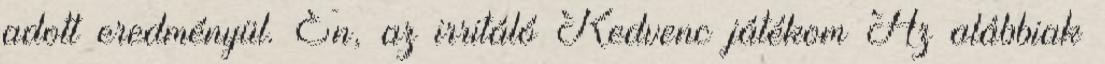
adott eredményül. Én, az irritáló Kedvenc játékom Az alábbiak